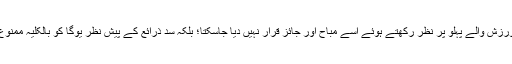
اس طرح صرف اصل کے اعتبار سے یوگا کے ورزش والے پہلو پر نظر رکھتے ہوئے اسے مباح اور جائز قرار نہیں دیا جاسکتا؛ بلکہ سد ذرائع کے پیش نظر یوگا کو بالکلیہ ممنوع اور مسلمانوں کے لیے ناجائز قرار دیا جائے گا۔